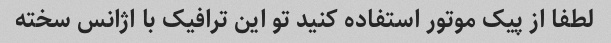
لطفا از پیک موتور استفاده کنید تو این ترافیک با اژانس سخته